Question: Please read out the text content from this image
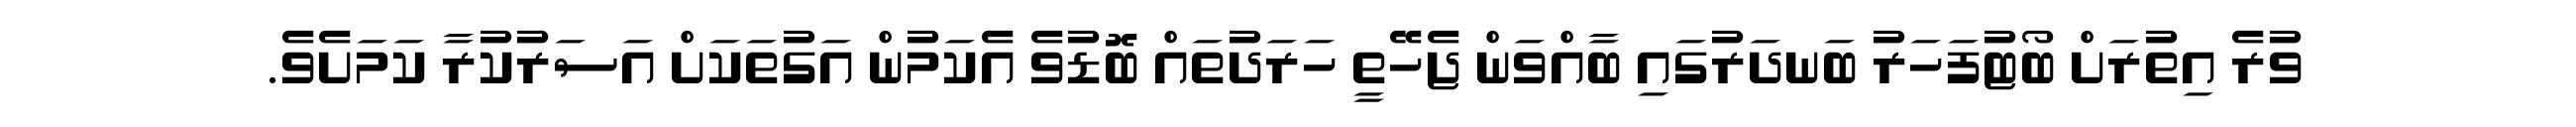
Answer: ވުރެ އިތުރަށް ބޯޓުފަހަރު ބަނދަރުގައި ބާއްވަން ޖެހޭތީ ހަރަދުތައް ބޮޑުވެ އެކަމުން އަގުތަކަށް އަސަރުކުރާ ކަމަށެވެ.